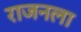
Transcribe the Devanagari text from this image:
राजनला